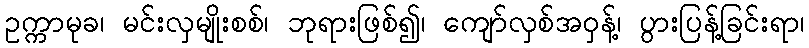
ဥက္ကာမုခ၊ မင်းလှမျိုးစစ်၊ ဘုရားဖြစ်၍၊ ကျော်လှစ်အဝှန့်၊ ပွားပြန့်ခြင်းရာ၊